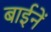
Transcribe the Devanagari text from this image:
बाईनें